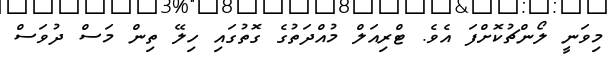
މިވަނީ ލޯންޗުކޮށްފަ އެވެ. ޓްރިއަލް މުއްދަތުގެ ގޮތުގައި ހިލޭ ތިން މަސް ދުވަސް